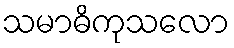
သမာဓိကုသလော